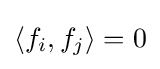
\langle f_{i},f_{j}\rangle =0